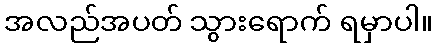
အလည်အပတ် သွားရောက် ရမှာပါ။